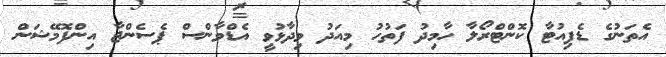
އެތަނުގެ ޑެޕިއުޓާ ކޮންޓްރޯލާ ހާމިދު ފަތުހު މިއަދު ވިދާޅުވީ އެޑްވާންސް ޕެސެންޖާ އިންފޮމޭޝަން